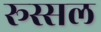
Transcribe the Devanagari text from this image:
रूस्सल